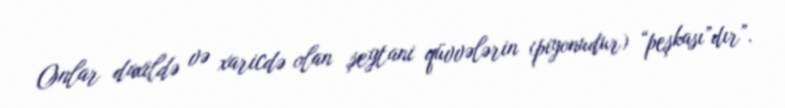
Onlar daxildə və xaricdə olan şeytani qüvvələrin (piyonudur) “peşkası”dır”.